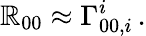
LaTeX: \mathbb{R}_{00}\approx\Gamma_{00,i}^{i}\, .